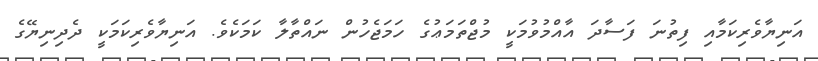
އަނިޔާވެރިކަމާއި ފިތުނަ ފަސާދަ އާއްމުވުމަކީ މުޖްތަމަޢުގެ ހަމަޖެހުން ނައްތާލާ ކަމަކެވެ. އަނިޔާވެރިކަމަކީ ދެދިނިޔޭގެ